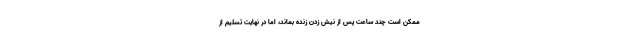
ممکن است چند ساعت پس از نیش زدن زنده بماند، اما در نهایت تسلیم از